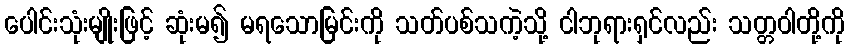
ပေါင်းသုံးမျိုးဖြင့် ဆုံးမ၍ မရသောမြင်းကို သတ်ပစ်သကဲ့သို့ ငါဘုရားရှင်လည်း သတ္တဝါတို့ကို